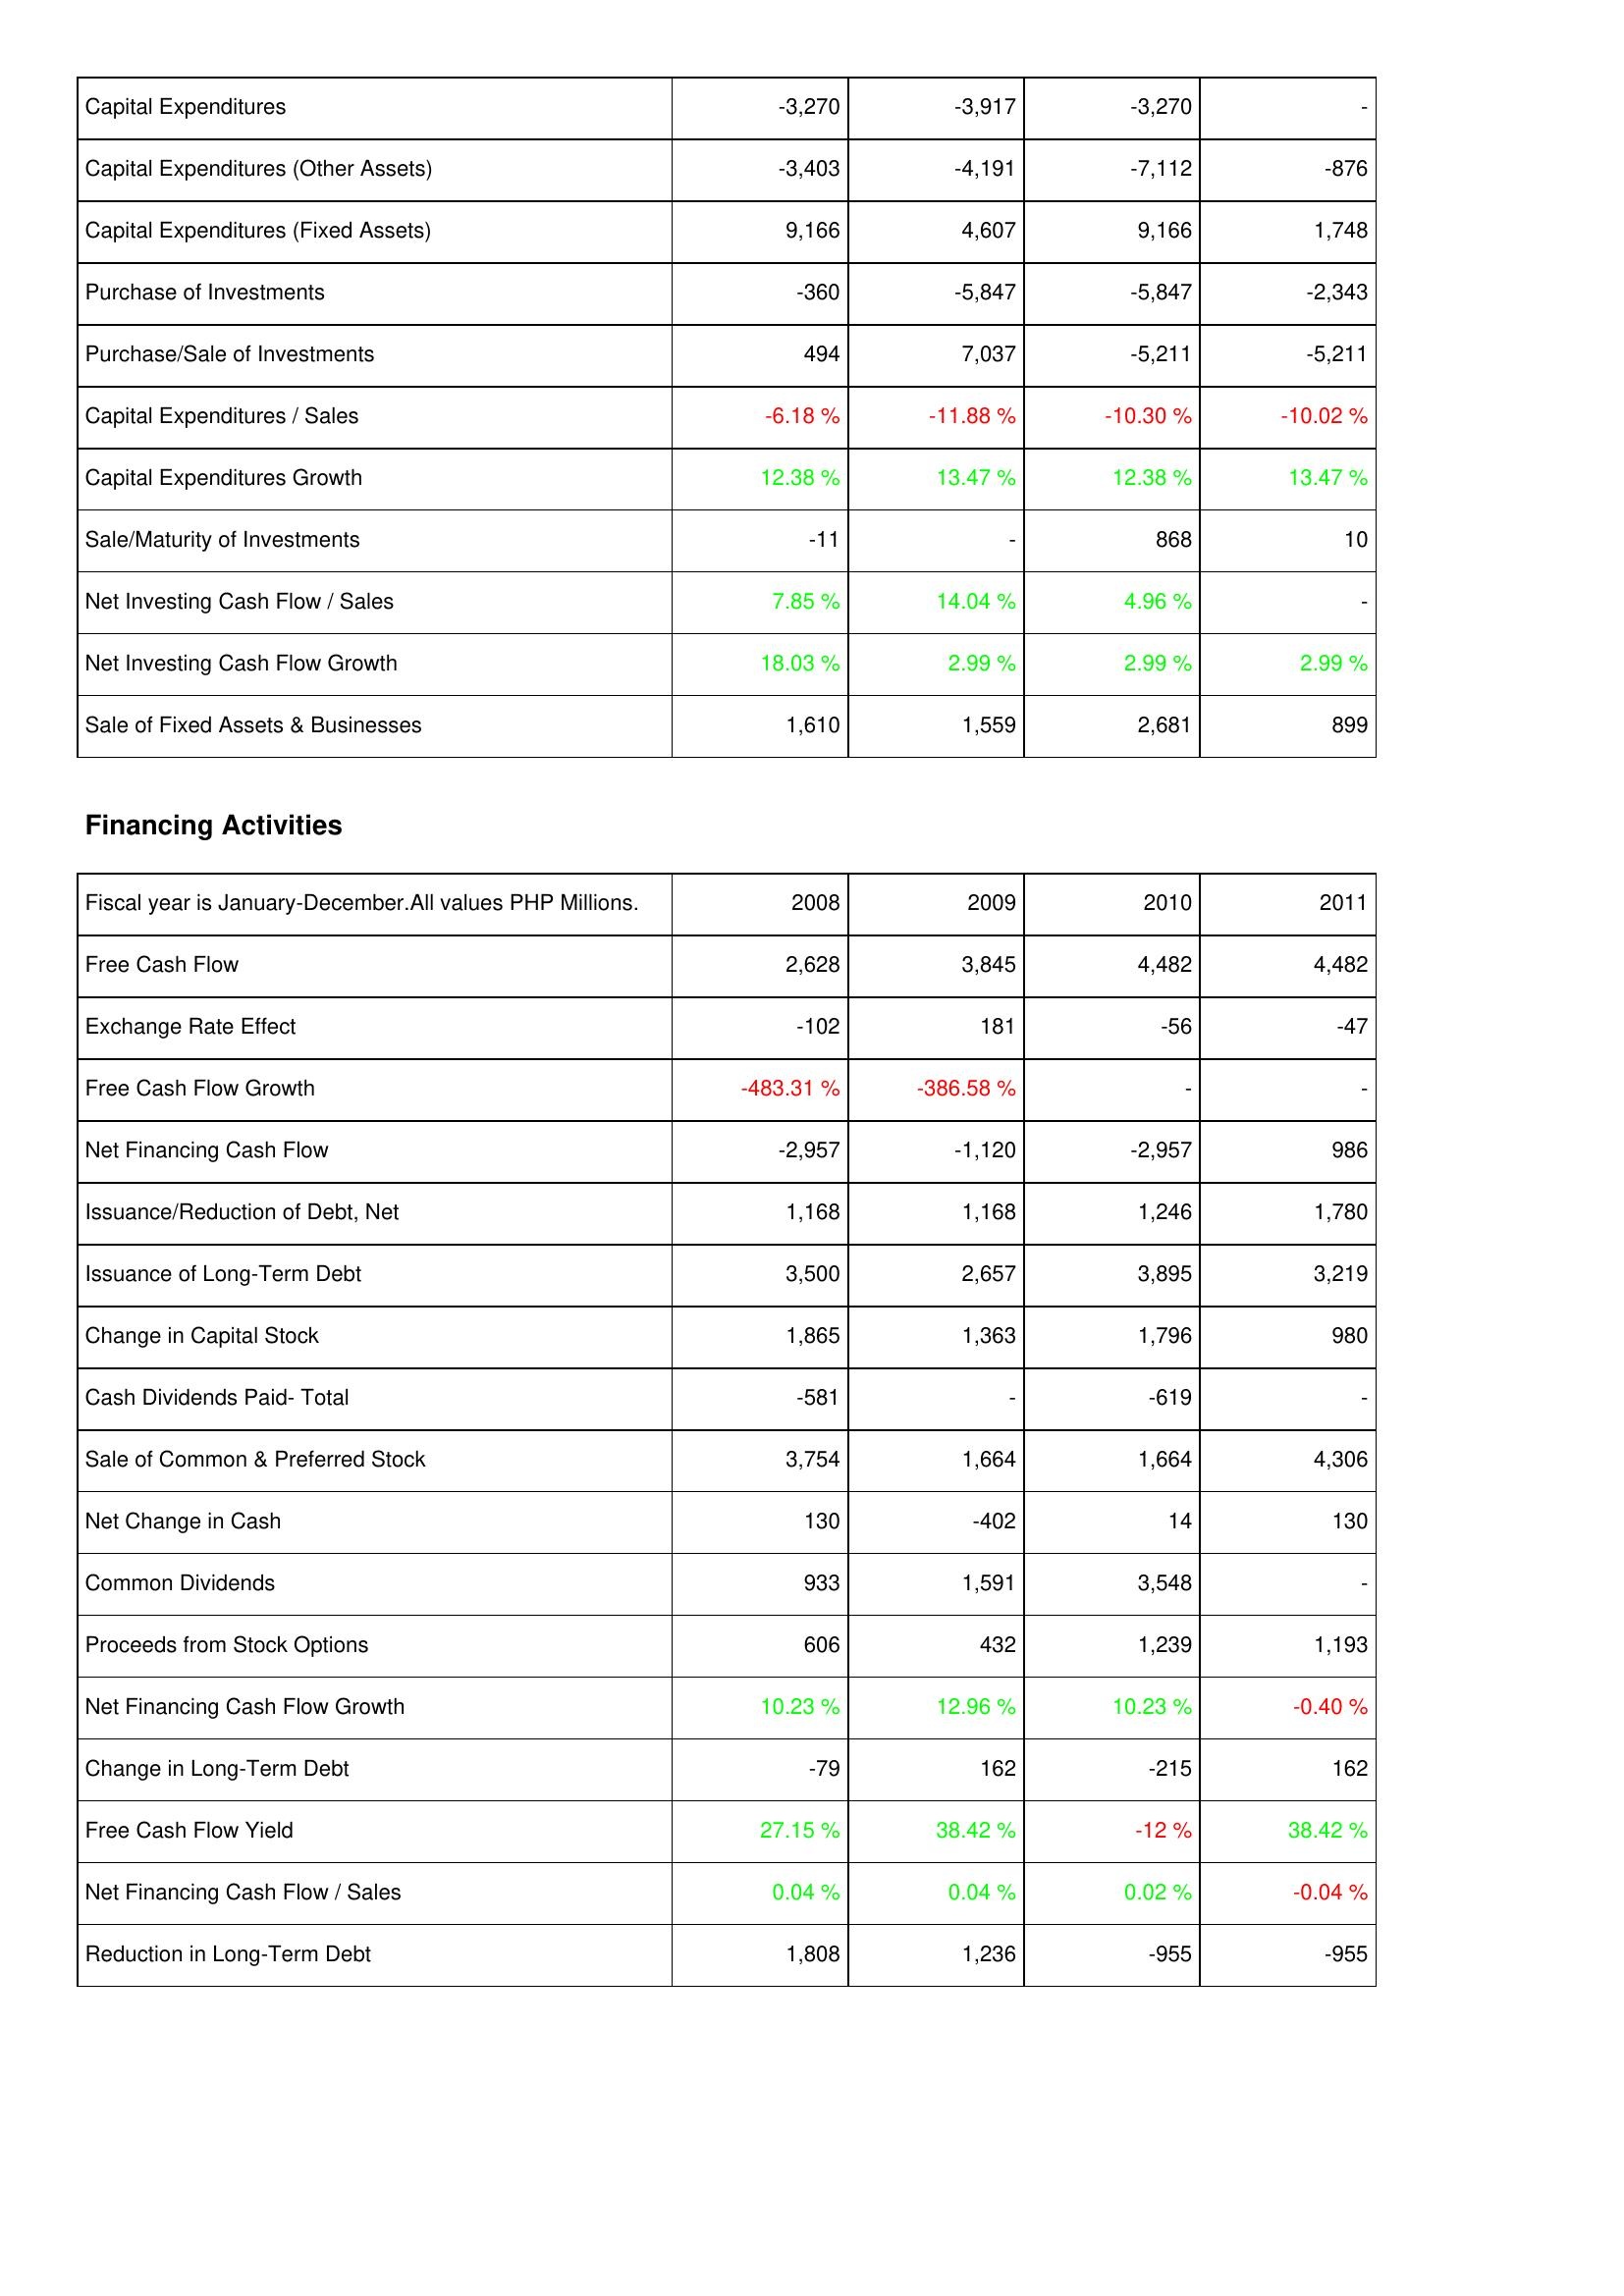
2008: Investing Activities: Capital Expenditures: -3,270
Capital Expenditures (Other Assets): -3,403
Capital Expenditures (Fixed Assets): 9,166
Purchase of Investments: -360
Purchase/Sale of Investments: 494
Capital Expenditures / Sales: -6.18 %
Capital Expenditures Growth: 12.38 %
Sale/Maturity of Investments: -11
Net Investing Cash Flow / Sales: 7.85 %
Net Investing Cash Flow Growth: 18.03 %
Sale of Fixed Assets & Businesses: 1,610
Financing Activities: Free Cash Flow: 2,628
Exchange Rate Effect: -102
Free Cash Flow Growth: -483.31 %
Net Financing Cash Flow: -2,957
Issuance/Reduction of Debt, Net: 1,168
Issuance of Long-Term Debt: 3,500
Change in Capital Stock: 1,865
Cash Dividends Paid- Total: -581
Sale of Common & Preferred Stock: 3,754
Net Change in Cash: 130
Common Dividends: 933
Proceeds from Stock Options: 606
Net Financing Cash Flow Growth: 10.23 %
Change in Long-Term Debt: -79
Free Cash Flow Yield: 27.15 %
Net Financing Cash Flow / Sales: 0.04 %
Reduction in Long-Term Debt: 1,808
2009: Investing Activities: Capital Expenditures: -3,917
Capital Expenditures (Other Assets): -4,191
Capital Expenditures (Fixed Assets): 4,607
Purchase of Investments: -5,847
Purchase/Sale of Investments: 7,037
Capital Expenditures / Sales: -11.88 %
Capital Expenditures Growth: 13.47 %
Sale/Maturity of Investments: -
Net Investing Cash Flow / Sales: 14.04 %
Net Investing Cash Flow Growth: 2.99 %
Sale of Fixed Assets & Businesses: 1,559
Financing Activities: Free Cash Flow: 3,845
Exchange Rate Effect: 181
Free Cash Flow Growth: -386.58 %
Net Financing Cash Flow: -1,120
Issuance/Reduction of Debt, Net: 1,168
Issuance of Long-Term Debt: 2,657
Change in Capital Stock: 1,363
Cash Dividends Paid- Total: -
Sale of Common & Preferred Stock: 1,664
Net Change in Cash: -402
Common Dividends: 1,591
Proceeds from Stock Options: 432
Net Financing Cash Flow Growth: 12.96 %
Change in Long-Term Debt: 162
Free Cash Flow Yield: 38.42 %
Net Financing Cash Flow / Sales: 0.04 %
Reduction in Long-Term Debt: 1,236
2010: Investing Activities: Capital Expenditures: -3,270
Capital Expenditures (Other Assets): -7,112
Capital Expenditures (Fixed Assets): 9,166
Purchase of Investments: -5,847
Purchase/Sale of Investments: -5,211
Capital Expenditures / Sales: -10.30 %
Capital Expenditures Growth: 12.38 %
Sale/Maturity of Investments: 868
Net Investing Cash Flow / Sales: 4.96 %
Net Investing Cash Flow Growth: 2.99 %
Sale of Fixed Assets & Businesses: 2,681
Financing Activities: Free Cash Flow: 4,482
Exchange Rate Effect: -56
Free Cash Flow Growth: -
Net Financing Cash Flow: -2,957
Issuance/Reduction of Debt, Net: 1,246
Issuance of Long-Term Debt: 3,895
Change in Capital Stock: 1,796
Cash Dividends Paid- Total: -619
Sale of Common & Preferred Stock: 1,664
Net Change in Cash: 14
Common Dividends: 3,548
Proceeds from Stock Options: 1,239
Net Financing Cash Flow Growth: 10.23 %
Change in Long-Term Debt: -215
Free Cash Flow Yield: -12 %
Net Financing Cash Flow / Sales: 0.02 %
Reduction in Long-Term Debt: -955
2011: Investing Activities: Capital Expenditures: -
Capital Expenditures (Other Assets): -876
Capital Expenditures (Fixed Assets): 1,748
Purchase of Investments: -2,343
Purchase/Sale of Investments: -5,211
Capital Expenditures / Sales: -10.02 %
Capital Expenditures Growth: 13.47 %
Sale/Maturity of Investments: 10
Net Investing Cash Flow / Sales: -
Net Investing Cash Flow Growth: 2.99 %
Sale of Fixed Assets & Businesses: 899
Financing Activities: Free Cash Flow: 4,482
Exchange Rate Effect: -47
Free Cash Flow Growth: -
Net Financing Cash Flow: 986
Issuance/Reduction of Debt, Net: 1,780
Issuance of Long-Term Debt: 3,219
Change in Capital Stock: 980
Cash Dividends Paid- Total: -
Sale of Common & Preferred Stock: 4,306
Net Change in Cash: 130
Common Dividends: -
Proceeds from Stock Options: 1,193
Net Financing Cash Flow Growth: -0.40 %
Change in Long-Term Debt: 162
Free Cash Flow Yield: 38.42 %
Net Financing Cash Flow / Sales: -0.04 %
Reduction in Long-Term Debt: -955